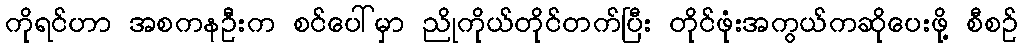
ကိုရင်ဟာ အစကနဦးက စင်ပေါ်မှာ ညိုကိုယ်တိုင်တက်ပြီး တိုင်ဖုံးအကွယ်ကဆိုပေးဖို့ စီစဉ်